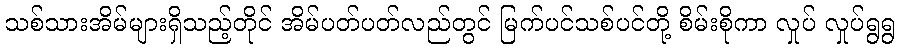
သစ်သားအိမ်များရှိသည့်တိုင် အိမ်ပတ်ပတ်လည်တွင် မြက်ပင်သစ်ပင်တို့ စိမ်းစိုကာ လှုပ် လှုပ်ရွရွ